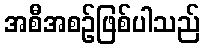
အစီအစဉ်ဖြစ်ပါသည်